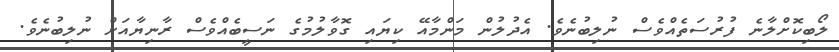
ލޯބިކޮށްލާނެ ފުރުސަތެއްވެސް ނުލިބުނެވެ. އެދުލުން މަންމާއޭ ކިޔައި ގޮވާލުމުގެ ނަސީބެއްވެސް ރާނިޔާއަށް ނުލިބުނެވެ.